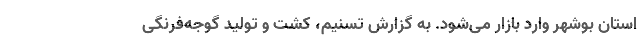
استان بوشهر وارد بازار می‌شود. به گزارش تسنیم، کشت و تولید گوجه‌فرنگی